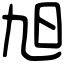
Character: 旭